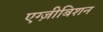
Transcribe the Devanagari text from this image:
एग्ज़ीबिशन